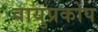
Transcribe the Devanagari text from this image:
वायुप्रकोप